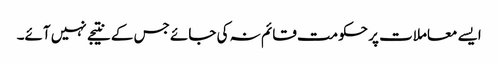
ایسے معاملات پر حکومت قائم نہ کی جائے جس کے نتیجے نہیں آئے۔